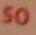
so